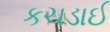
કચડાઈ